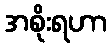
အစိုးရဟာ